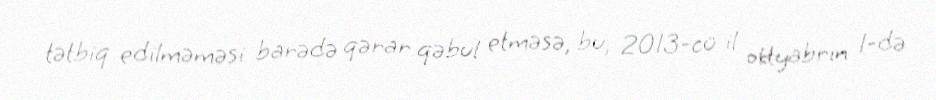
tətbiq edilməməsi barədə qərar qəbul etməsə, bu, 2013-cü il oktyabrın 1-də